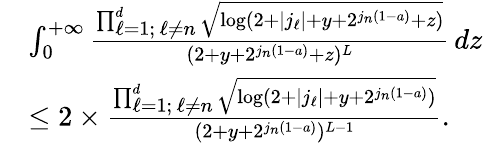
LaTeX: \begin{array}{rl}&{\int_{0}^{+\infty}\frac{\prod_{\substack{\ell=1;\, \ell\neq n}}^{d}\sqrt{\log(2+|j_{\ell}|+y+2^{j_{n}(1-a)}+z)}}{(2+y+2^{j_{n}(1-a)}+z)^{L}}\, dz}\\ &{\leq 2\times\frac{\prod_{\substack{\ell=1;\, \ell\neq n}}^{d}\sqrt{\log(2+|j_{\ell}|+y+2^{j_{n}(1-a)})}}{(2+y+2^{j_{n}(1-a)})^{L-1}}.}\end{array}